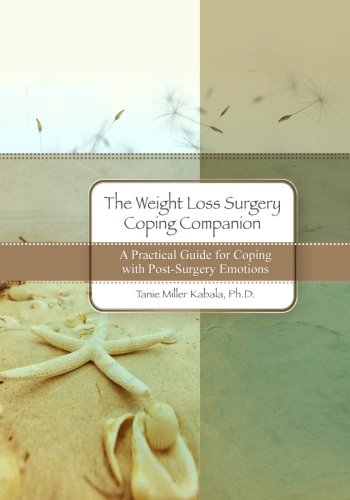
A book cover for The Weight Loss Surgery Coping Companion: A Practical Guide for Coping with Post-Surgery Emotions; Dr. Tanie Miller Kabala; Self-Help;